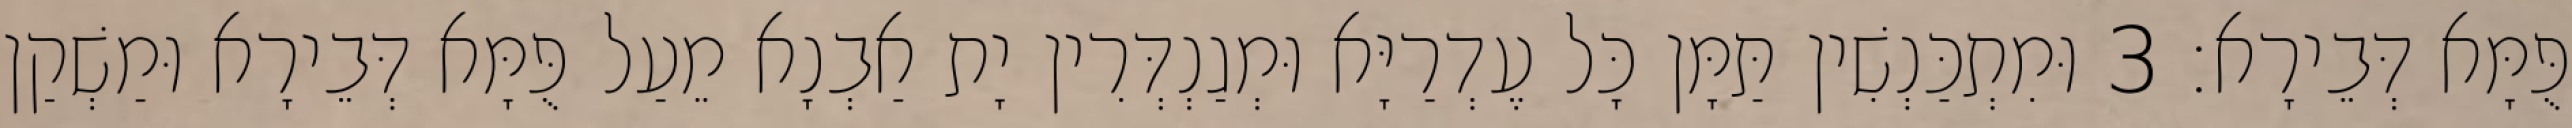
פֻּמָּא דְּבֵירָא׃ 3 וּמִתְכַּנְשִׁין תַּמָּן כָּל עֶדְרַיָּא וּמְגַנְדְּרִין יָת אַבְנָא מֵעַל פֻּמָּא דְּבֵירָא וּמַשְׁקַן